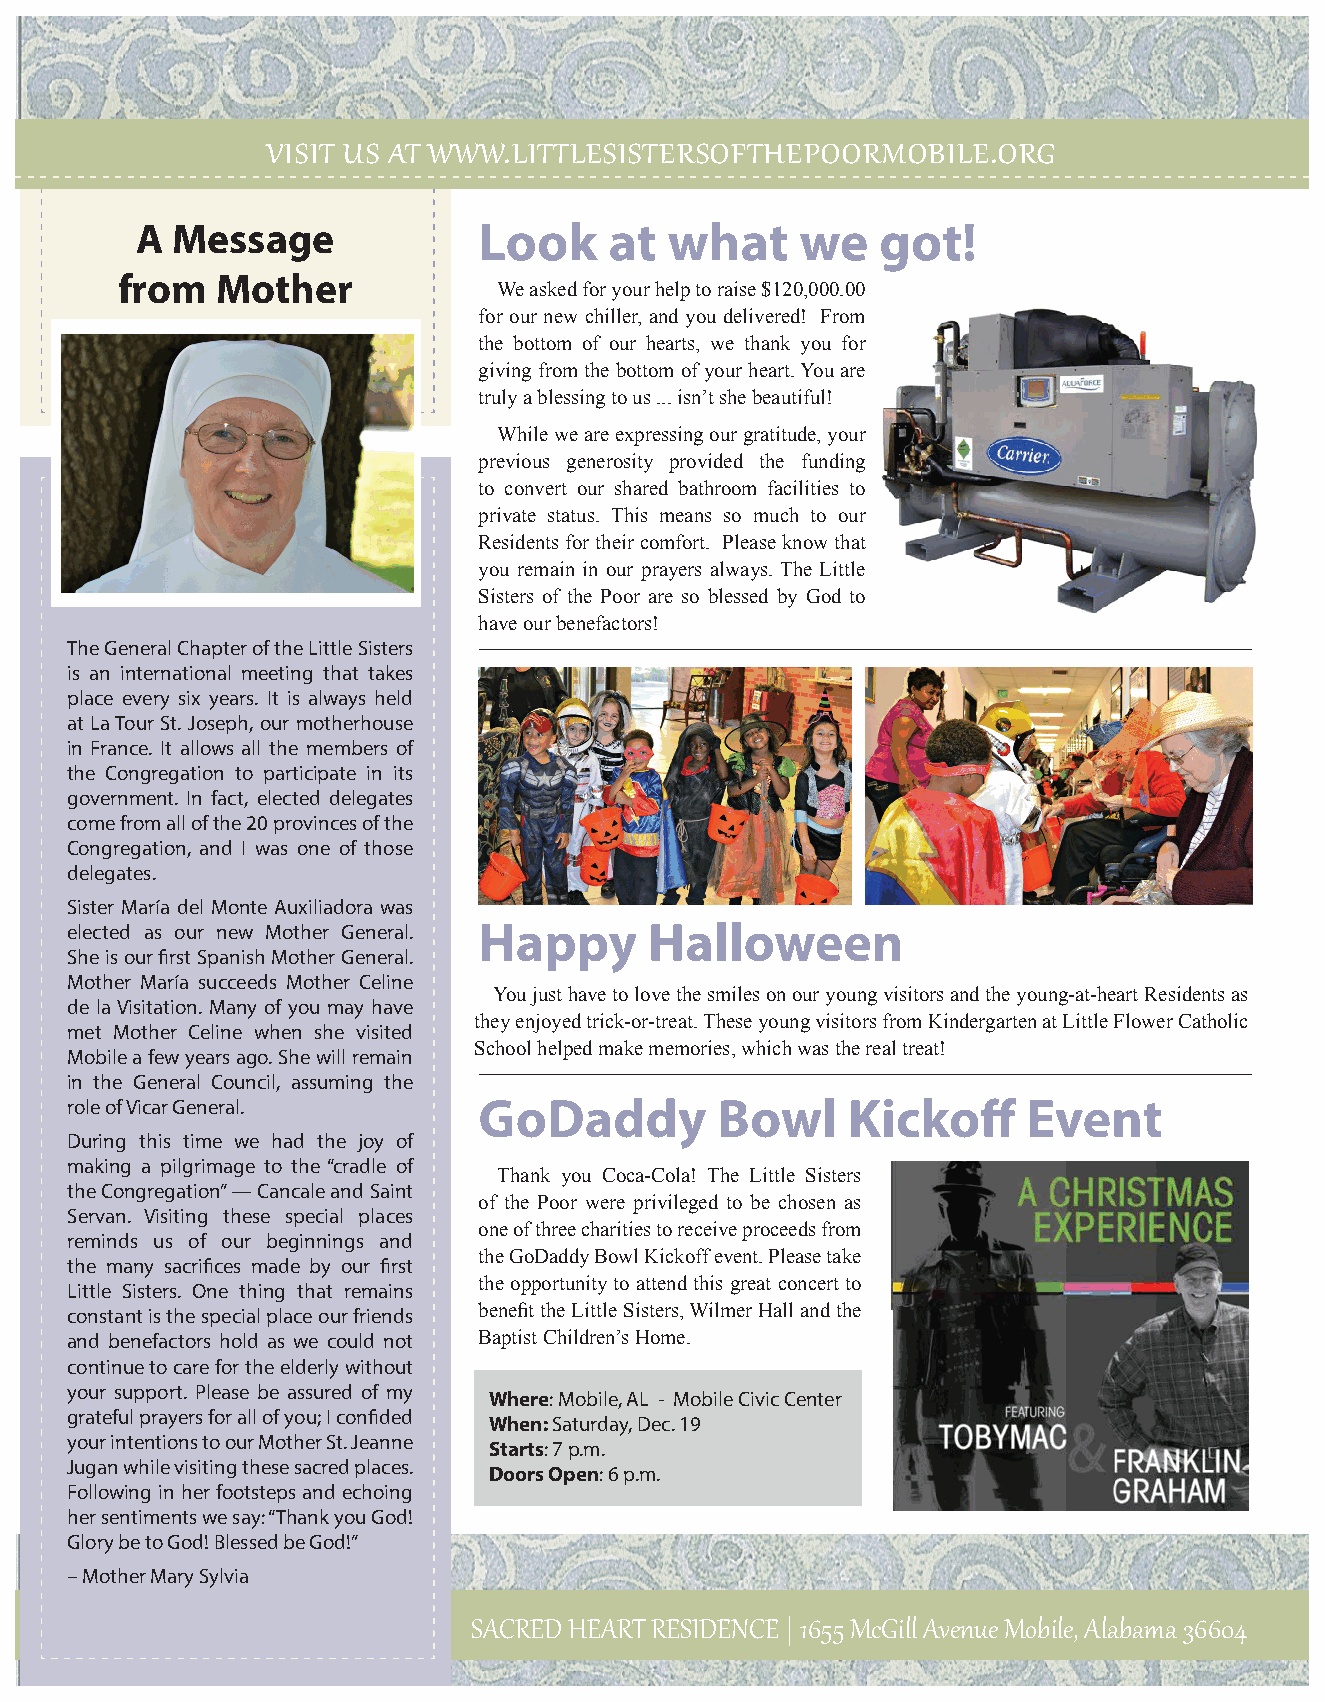
Visit us at www.littlesistersofthepoorMoBile.org
 A  Message             Look     at  what    we    got!
 from   Mother
 We asked for your help to raise $120,000.00
 for our new chiller, and you delivered! From
 the bottom of our hearts, we thank you for
 giving from the bottom of your heart. You are
 truly a blessing to us ... isn’t she beautiful!
 While we are expressing our gratitude, your
 previous generosity provided the funding
 to convert our shared bathroom facilities to
 private status. This means so much to our
 Residents for their comfort. Please know that
 you remain in our prayers always. The Little
 Sisters of the Poor are so blessed by God to
 have our benefactors!
 The General Chapter of the Little Sisters
 is an international meeting that takes
 place every six years. It is always held
 at La Tour St. Joseph, our motherhouse
 in France. It allows all the members of
 the Congregation to participate in its
 government. In fact, elected delegates
 come from all of the 20 provinces of the
 Congregation, and I was one of those
 delegates.
 Sister María del Monte Auxiliadora was
 elected as our new Mother General. Happy Halloween
 She is our first Spanish Mother General.
 Mother María succeeds Mother Celine
 You just have to love the smiles on our young visitors and the young-at-heart Residents as
 de la Visitation. Many of you may have
 they enjoyed trick-or-treat. These young visitors from Kindergarten at Little Flower Catholic
 met Mother Celine when she visited
 School helped make memories, which was the real treat!
 Mobile a few years ago. She will remain
 in the General Council, assuming the
 role of Vicar General.     GoDaddy         Bowl    Kickoff     Event
 During this time we had the joy of
 making a pilgrimage to the “cradle of
 Thank you Coca-Cola! The Little Sisters
 the Congregation” — Cancale and Saint
 of the Poor were privileged to be chosen as
 Servan. Visiting these special places
 one of three charities to receive proceeds from
 reminds us of our beginnings and
 the GoDaddy Bowl Kickoff event. Please take
 the many sacrifices made by our first
 the opportunity to attend this great concert to
 Little Sisters. One thing that remains
 constant is the special place our friends benefit the Little Sisters, Wilmer Hall and the
 and benefactors hold as we could not Baptist Children’s Home.
 continue to care for the elderly without
 your support. Please be assured of my
 Where: Mobile, AL - Mobile Civic Center
 grateful prayers for all of you; I confided
 When: Saturday, Dec. 19
 your intentions to our Mother St. Jeanne
 Starts: 7 p.m.
 Jugan while visiting these sacred places.
 Doors Open: 6 p.m.
 Following in her footsteps and echoing
 her sentiments we say: “Thank you God!
 Glory be to God! Blessed be God!”
 – Mother Mary Sylvia
 SACRED HEART RESIDENCE | 1655 McGill Avenue Mobile, Alabama 36604